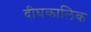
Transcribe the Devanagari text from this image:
दीघकालिक